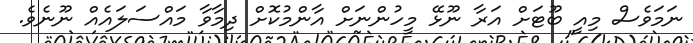
ނަމަވެސް މިއީ ބޫޓަށް އަރާ ނޫޅޭ މީހުންނަށް އާންމުކޮށް ދިމާވާ މައްސަލައެއް ނޫނެވެ.